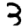
Digit: 3